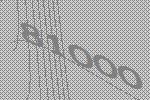
81000